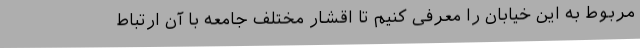
مربوط به این خیابان را معرفی کنیم تا اقشار مختلف جامعه با آن ارتباط